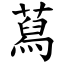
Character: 蕮